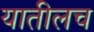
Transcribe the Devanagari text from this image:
यातीलच